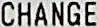
CHANGE